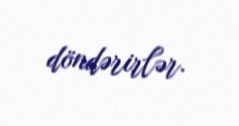
döndərirlər.